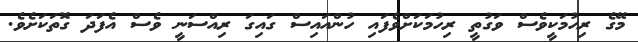
މޭގެ ރިހުމަކީވެސް ވަގުތީ ރިހުމަކަށްވެފައި ހުންއައިސް ގައިގަ ރިއްސަނީ ވެސް އެފަދަ ގޮތަކަށެވެ.